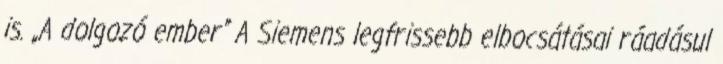
is. „A dolgozó ember” A Siemens legfrissebb elbocsátásai ráadásul